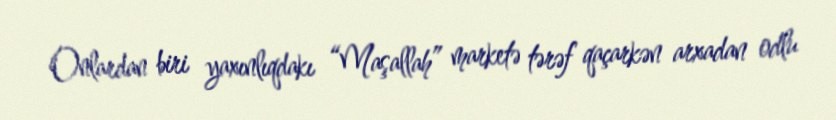
Onlardan biri yaxınlıqdakı “Maşallah” marketə tərəf qaçarkən arxadan odlu